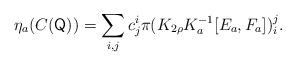
LaTeX: \begin{align*}\eta_{a}(C(\mathsf{Q}))=\sum_{i,j}c_{j}^{i}\pi(K_{2\rho}K_{a}^{-1}[E_{a},F_{a}])_{i}^{j}.\end{align*}